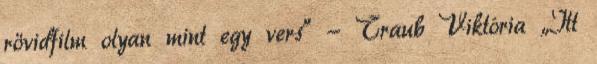
rövidfilm olyan mint egy vers” - Traub Viktória „Itt